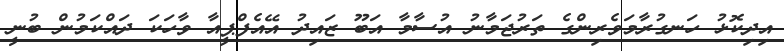
އިދިކޮޅު ހަނގުރާމަވެރިންގެ ތަރުޖަމާނު އުސާމާ އަބޫ ޒައިދު އޭއެފްޕީއާ ވާހަކަ ދައްކަމުން ބުނީ